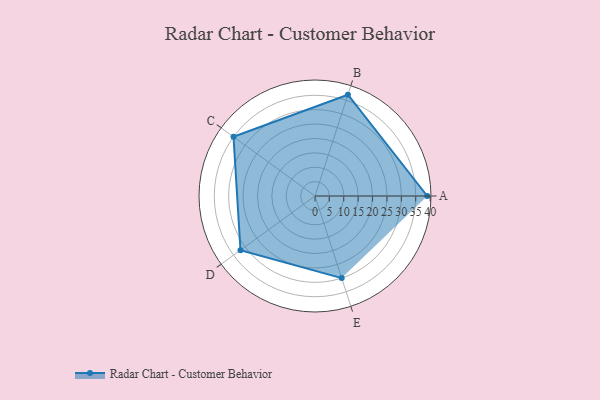
{"axis": {"x": "Skill", "y": "Score"}, "legend": ["Profile"], "data": [{"x": "A", "y": 39.0, "type": "Profile"}, {"x": "B", "y": 37.0, "type": "Profile"}, {"x": "C", "y": 35.0, "type": "Profile"}, {"x": "D", "y": 32.0, "type": "Profile"}, {"x": "E", "y": 30.0, "type": "Profile"}]}